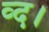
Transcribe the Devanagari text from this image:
व्द।